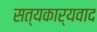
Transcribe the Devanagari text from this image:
सत्यकार्यवाद